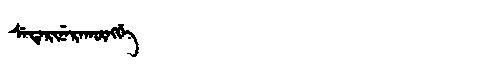
Manchu: ᠰᡝᡨᡝᡵᡳᠨᡝᡵᠠᡴᡡᠩᡤᡝ
Romanization: SETERINERAKŪNGGE